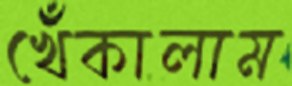
খেঁকালাম